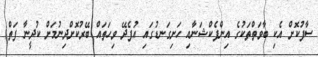
ސާފުކޮށް އެކި ބާވަތްތަކުގެ އިންފެކްޝަނާއި ހަށިގަނޑުގައި އުފެދޭ ވިހަތައް ބޭރުކޮށްދިނުމަށް ކުދީނާ ފަތް